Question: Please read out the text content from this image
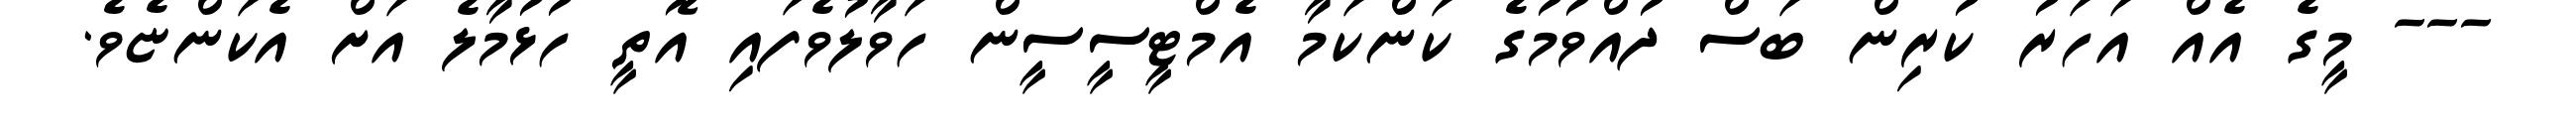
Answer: --- މީގެ އެއް އަހަރު ކުރިން ބަސް ދުއްވުމުގެ ކަންކަމާ އެމްޓީސީސީން ހަވާލުވެފައި އޮތީ ހުޅުމާލެ އަށް އެކަންޏެވެ.